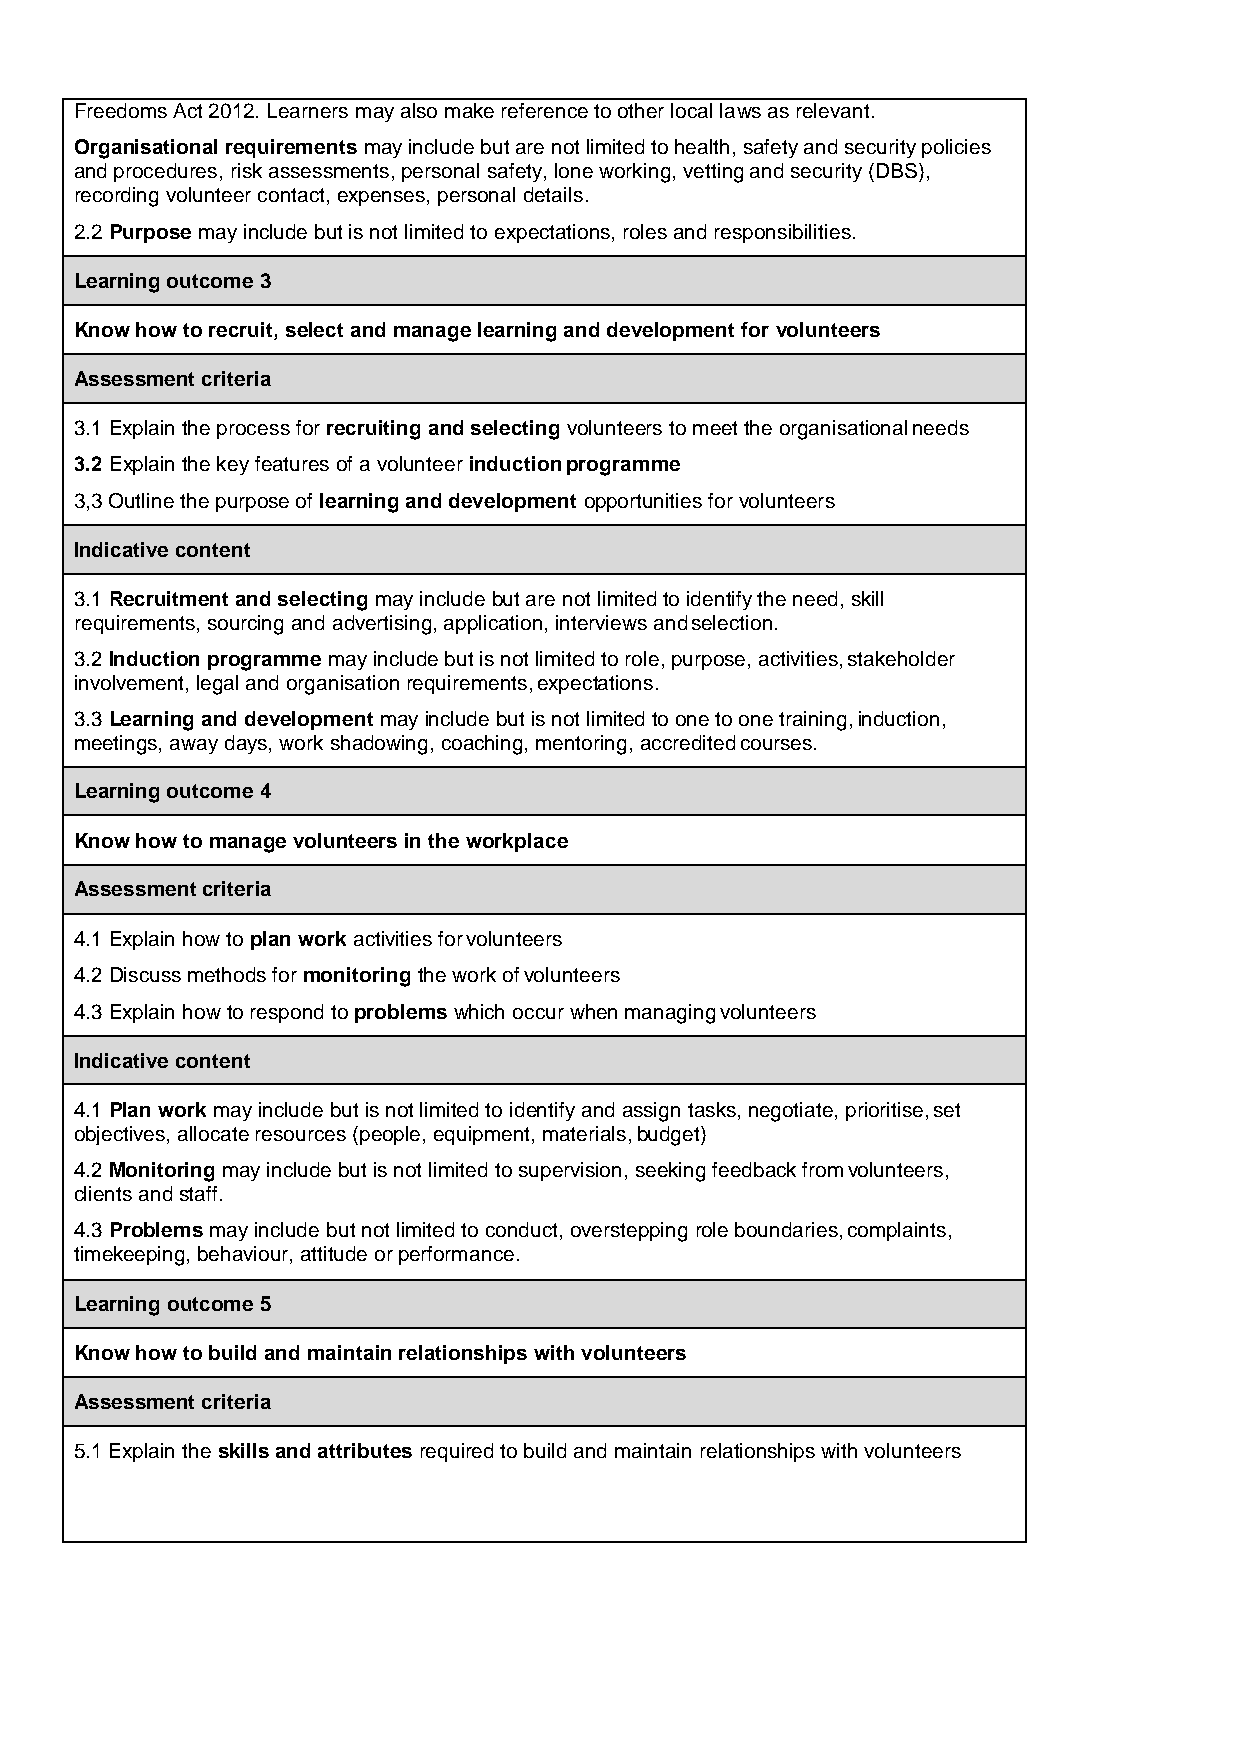
Freedoms Act 2012. Learners may also make reference to other local laws as relevant.
 Organisational requirements may include but are not limited to health, safety and security policies
 and procedures, risk assessments, personal safety, lone working, vetting and security (DBS),
 recording volunteer contact, expenses, personal details.
 2.2 Purpose may include but is not limited to expectations, roles and responsibilities.
 Learning outcome 3
 Know how to recruit, select and manage learning and development for volunteers
 Assessment criteria
 3.1 Explain the process for recruiting and selecting volunteers to meet the organisational needs
 3.2 Explain the key features of a volunteer induction programme
 3,3 Outline the purpose of learning and development opportunities for volunteers
 Indicative content
 3.1 Recruitment and selecting may include but are not limited to identify the need, skill
 requirements, sourcing and advertising, application, interviews and selection.
 3.2 Induction programme may include but is not limited to role, purpose, activities, stakeholder
 involvement, legal and organisation requirements, expectations.
 3.3 Learning and development may include but is not limited to one to one training, induction,
 meetings, away days, work shadowing, coaching, mentoring, accredited courses.
 Learning outcome 4
 Know how to manage volunteers in the workplace
 Assessment criteria
 4.1 Explain how to plan work activities for volunteers
 4.2 Discuss methods for monitoring the work of volunteers
 4.3 Explain how to respond to problems which occur when managing volunteers
 Indicative content
 4.1 Plan work may include but is not limited to identify and assign tasks, negotiate, prioritise, set
 objectives, allocate resources (people, equipment, materials, budget)
 4.2 Monitoring may include but is not limited to supervision, seeking feedback from volunteers,
 clients and staff.
 4.3 Problems may include but not limited to conduct, overstepping role boundaries, complaints,
 timekeeping, behaviour, attitude or performance.
 Learning outcome 5
 Know how to build and maintain relationships with volunteers
 Assessment criteria
 5.1 Explain the skills and attributes required to build and maintain relationships with volunteers
 51